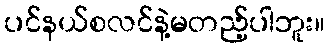
ပင်နယ်စလင်နဲ့မတည့်ပါဘူး။